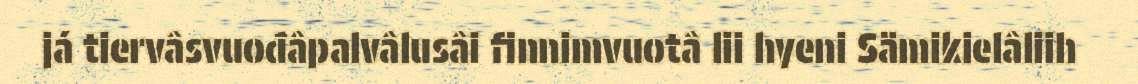
já tiervâsvuođâpalvâlusâi finnimvuotâ lii hyeni Sämikielâliih